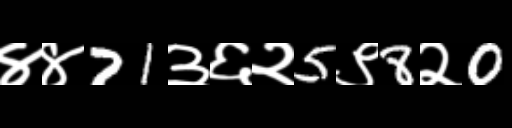
Text: ४४71३६२5९8२0